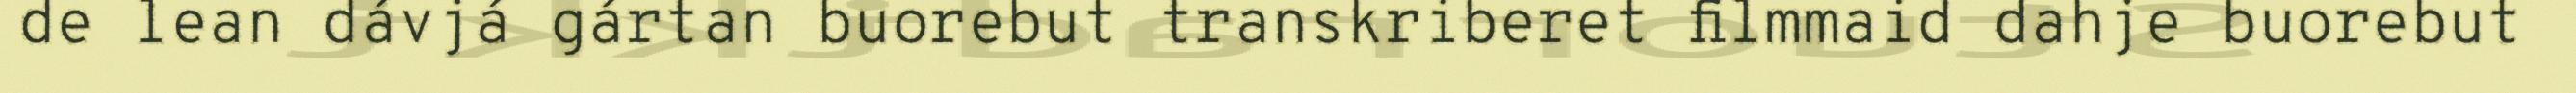
de lean dávjá gártan buorebut transkriberet filmmaid dahje buorebut